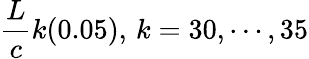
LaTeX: {\frac{L}{c}}k(0.05),\, k=30,\cdots,35